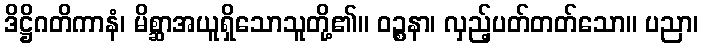
ဒိဋ္ဌိဂတိကာနံ၊ မိစ္ဆာအယူရှိသောသူတို့၏။ ဝဉ္စနာ၊ လှည့်ပတ်တတ်သော။ ပညာ၊